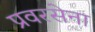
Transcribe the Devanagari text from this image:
प्रवरसेना